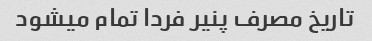
تاریخ مصرف پنیر فردا تمام میشود